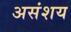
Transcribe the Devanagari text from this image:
असंशय